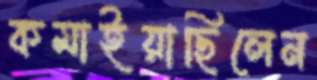
কমাইয়াছিলেন